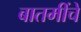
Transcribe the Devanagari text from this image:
बातमींचे